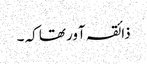
ذائقہ آور تھا کہ ۔